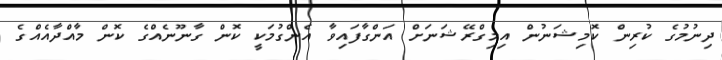
ދިނުމުގެ ކުރިން ކޮމިޝަނުން އިމިގްރޭޝަނަށް އަންގާފައިވާ އެންގުމަކީ ކޮން ގާނޫނެއްގެ ކޮން މާއްދާއެއްގެ